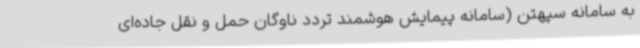
به سامانه سپهتن (سامانه پیمایش هوشمند تردد ناوگان حمل و نقل جاده‌ای